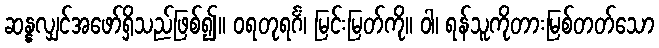
ဆန္နလျှင်အဖော်ရှိသည်ဖြစ်၍။ ဝရတုရင်္ဂံ၊ မြင်းမြတ်ကို။ ဝါ၊ ရန်သူကိုတားမြစ်တတ်သော